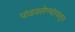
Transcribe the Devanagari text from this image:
पांडवलेण्यांपासून